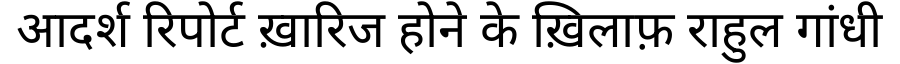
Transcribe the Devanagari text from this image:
आदर्श रिपोर्ट ख़ारिज होने के ख़िलाफ़ राहुल गांधी